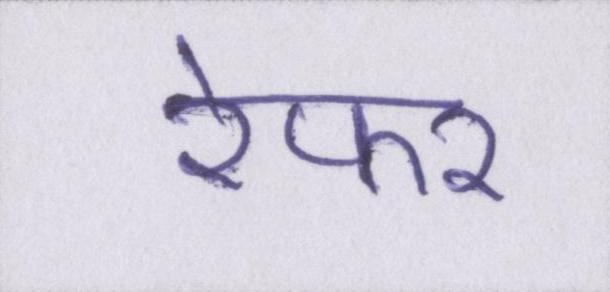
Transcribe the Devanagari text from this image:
रेफर